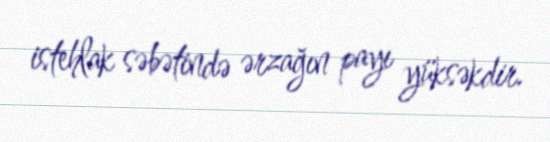
istehlak səbətində ərzağın payı yüksəkdir.